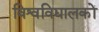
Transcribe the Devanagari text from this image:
विश्वविद्यालकों